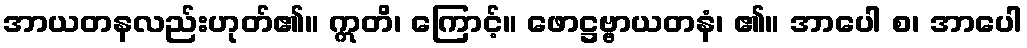
အာယတနလည်းဟုတ်၏။ ဣတိ၊ ကြောင့်။ ဖောဋ္ဌဗ္ဗာယတနံ၊ ၏။ အာပေါ စ၊ အာပေါ